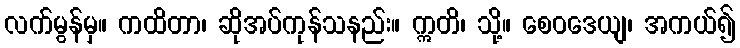
လက်မွန်မှ။ ကထိတာ၊ ဆိုအပ်ကုန်သနည်း။ ဣတိ၊ သို့။ စေဝဒေယျ၊ အကယ်၍